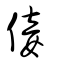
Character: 倿